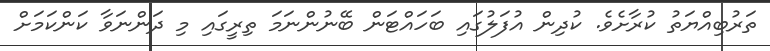
ތަރުބިއްޔަތު ކުރާށެވެ. ކުދިން އުފަލުގައި ބަހައްޓަން ބޭނުންނަމަ ތިރީގައި މި ދަންނަވާ ކަންކަމަށް